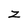
Character: z